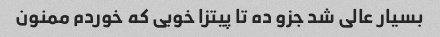
بسیار عالی شد جزو ده تا پیتزا خوبی که خوردم ممنون